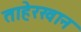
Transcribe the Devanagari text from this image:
ताहेरखान